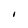
Character: I